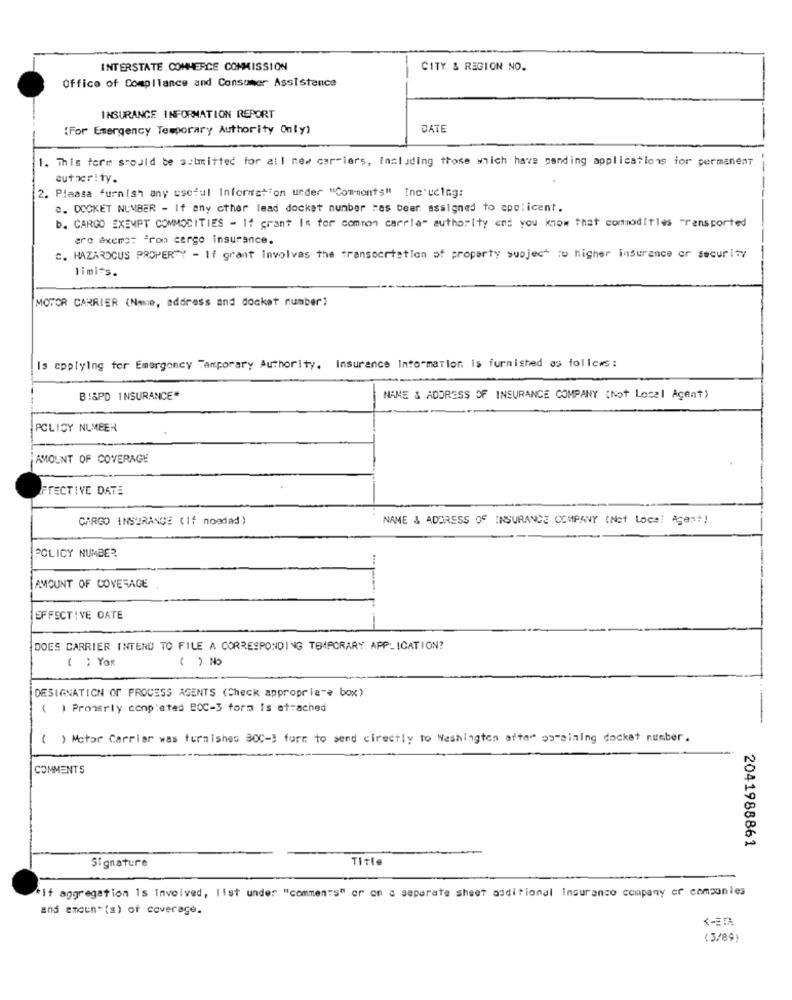
INTERSTATE COMMERCE COMMISSION
CITY & REGION NO.
Office of Compilance and Consumer Assistance
INSURANCE INFORMATION REPORT
(For Emergency Temporary Authority Only)
DATE
1. This fore scould be submitted for all new car-iers, Including those which have panding applications for permanent
-
autrerity.
2. Please furnish any useful Information under "Comments" inc'uding:
.. DOCKET NUMBER - If any other lead docket number "as bear assigned to cpolicent.
b. CARGO EXEMPT COMMODITIES - If grant Is for common carrla" authority and you know that commoditles Transported
ero axems: "ron cergo insurance.
C. HAZARDOUS PROPERTY - If grant Involves the transportation of property subject :u higher insurance or security
limits.
MOTOR CARRIER (Name, address and docket number)
Is applying for Emergency Temporary Authority. Insurance Information is furnished as follows:
B!&PD INSURANCE*
NAME & ADDRESS OF INSURANCE COMPANY (Not Local Agent)
POLICY NUMBER
AMOUNT OF COVERAGE
TECTIVE DATE
CARGO INSURANCE (If noedad)
NAME & ADDRESS OF INSURANCE COMPANY (Not Local Age=+)
POLICY NUMBER
AMOUNT OF COVERAGE
EFFECTIVE DATE
DOES CARRIER INTEND TO FILE A CORRESPONDING TEMPORARY APPLICATION?
( ) YOR
( ) No
DESIGNATION OF PROCESS AGENTS (Check appropria"? box)
( ) Properly conp:ated BOC-3 form Is attached
( ) Motor Carrier was furnishes 300-3 form to send directly to Washington after opraining docket number.
COMMENTS
2041988861
Title
Signature
If aggregation Is Involved, list under "comments" or on a separate sheet additional insurance company or companies
and amoun"(s) of coverage.
(3/89)